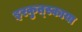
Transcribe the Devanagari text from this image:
इरकुत्स्काया